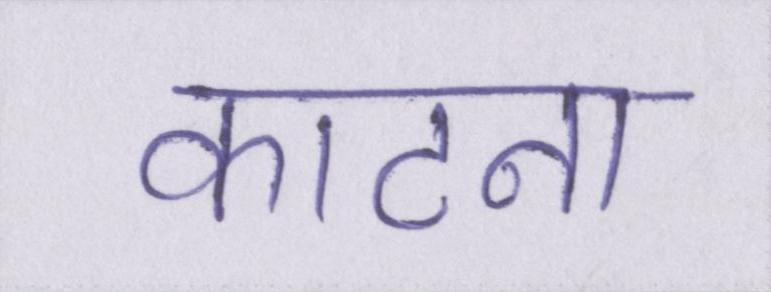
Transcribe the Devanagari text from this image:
काटना